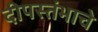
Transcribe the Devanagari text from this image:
दीपस्तंभाचे